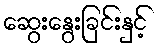
ဆွေးနွေးခြင်းနှင့်